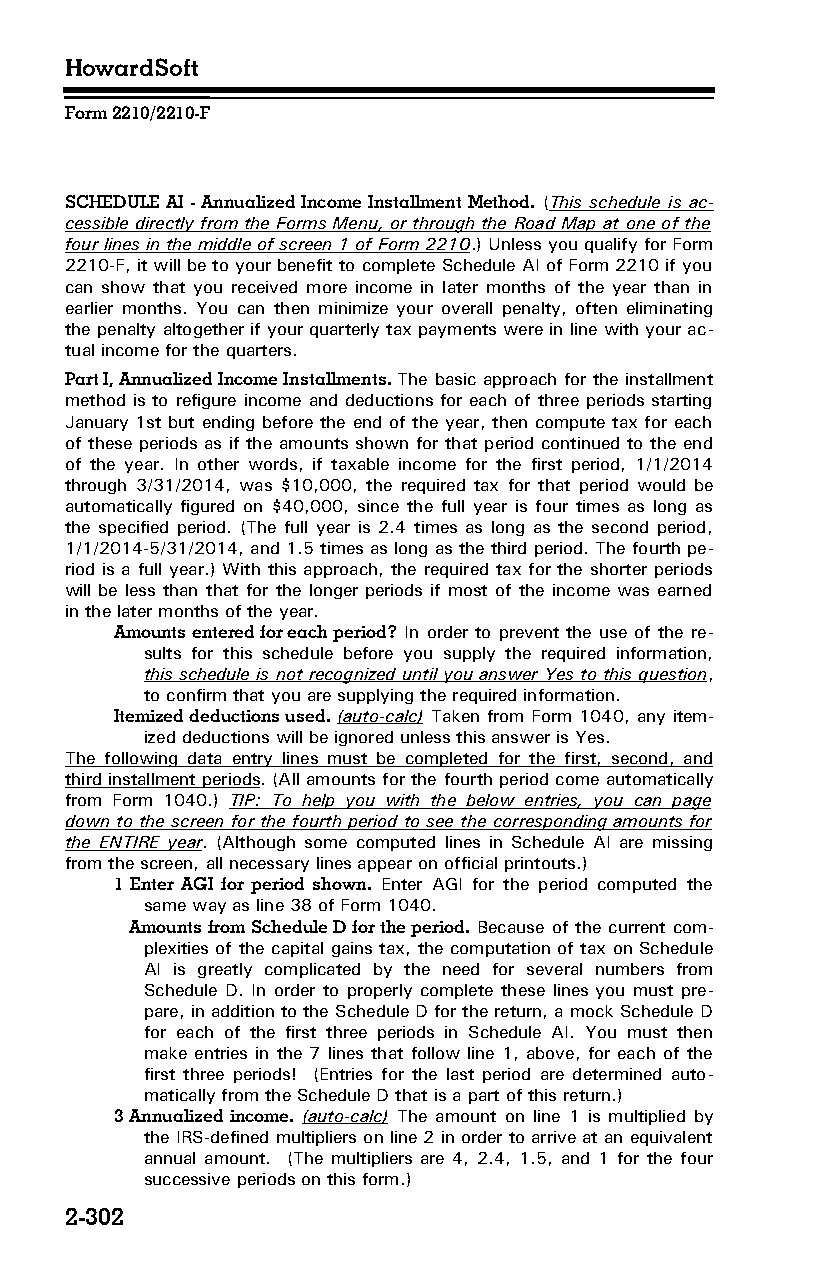
HowardSoft
 Form 2210/2210-F
 SCHEDULE AI - Annualized Income Installment Method. (This schedule is ac­
 cessible directly from the Forms Menu, or through the Road Map at one of the
 four lines in the middle of screen 1 of Form 2210.) Unless you qualify for Form
 2210-F, it will be to your benefit to complete Schedule AI of Form 2210 if you
 can show that you received more income in later months of the year than in
 earlier months. You can then minimize your overall penalty, often eliminating
 the penalty altogether if your quarterly tax payments were in line with your ac­
 tual income for the quarters.
 Part I, Annualized Income Installments. The basic approach for the installment
 method is to refigure income and deductions for each of three periods starting
 January 1st but ending before the end of the year, then compute tax for each
 of these periods as if the amounts shown for that period continued to the end
 of the year. In other words, if taxable income for the first period, 1/1/2014
 through 3/31/2014, was $10,000, the required tax for that period would be
 automatically figured on $40,000, since the full year is four times as long as
 the specified period. (The full year is 2.4 times as long as the second period,
 1/1/2014-5/31/2014, and 1.5 times as long as the third period. The fourth pe­
 riod is a full year.) With this approach, the required tax for the shorter periods
 will be less than that for the longer periods if most of the income was earned
 in the later months of the year.
 Amounts entered for each period? In order to prevent the use of the re­
 sults for this schedule before you supply the required information,
 this schedule is not recognized until you answer Yes to this question,
 to confirm that you are supplying the required information.
 Itemized deductions used. (auto-calc) Taken from Form 1040, any item­
 ized deductions will be ignored unless this answer is Yes.
 The following data entry lines must be completed for the first, second, and
 third installment periods. (All amounts for the fourth period come automatically
 from Form 1040.) TIP: To help you with the below entries, you can page
 down to the screen for the fourth period to see the corresponding amounts for
 the ENTIRE year. (Although some computed lines in Schedule AI are missing
 from the screen, all necessary lines appear on official printouts.)
 1 Enter AGI for period shown. Enter AGI for the period computed the
 same way as line 38 of Form 1040.
 Amounts from Schedule D for the period. Because of the current com­
 plexities of the capital gains tax, the computation of tax on Schedule
 AI is greatly complicated by the need for several numbers from
 Schedule D. In order to properly complete these lines you must pre­
 pare, in addition to the Schedule D for the return, a mock Schedule D
 for each of the first three periods in Schedule AI. You must then
 make entries in the 7 lines that follow line 1, above, for each of the
 first three periods! (Entries for the last period are determined auto­
 matically from the Schedule D that is a part of this return.)
 3 Annualized income. (auto-calc) The amount on line 1 is multiplied by
 the IRS-defined multipliers on line 2 in order to arrive at an equivalent
 annual amount. (The multipliers are 4, 2.4, 1.5, and 1 for the four
 successive periods on this form.)
 2-302